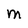
Character: M